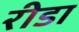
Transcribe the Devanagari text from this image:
रीडा